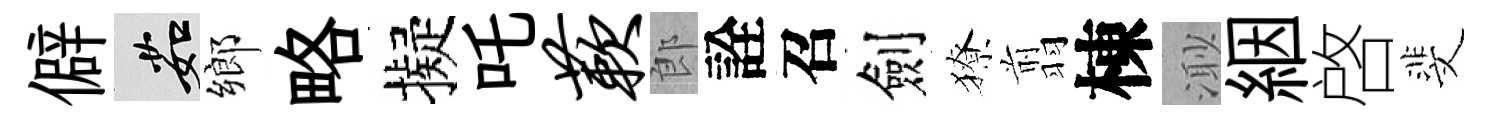
僻茹鄉略擬吒蔌郎詮召劍獠翦棟𣺌絪啓斐